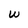
Character: w